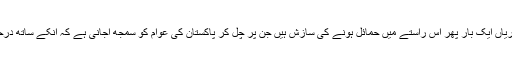
یہ دھرنا ، یہ بیماریاں ایک بار پھر اس راستے میں حمائل ہونے کی سازش ہیں جن پر چل کر پاکستان کی عوام کو سمجھ آجانی ہے کہ انکے ساتھ درحقیقت ہوا کیا ہے ۔